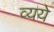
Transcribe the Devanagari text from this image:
व्यये